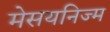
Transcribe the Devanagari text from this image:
मेसयनिज्म